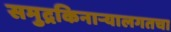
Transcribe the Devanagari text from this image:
समुद्रकिनार्‍यालगतचा